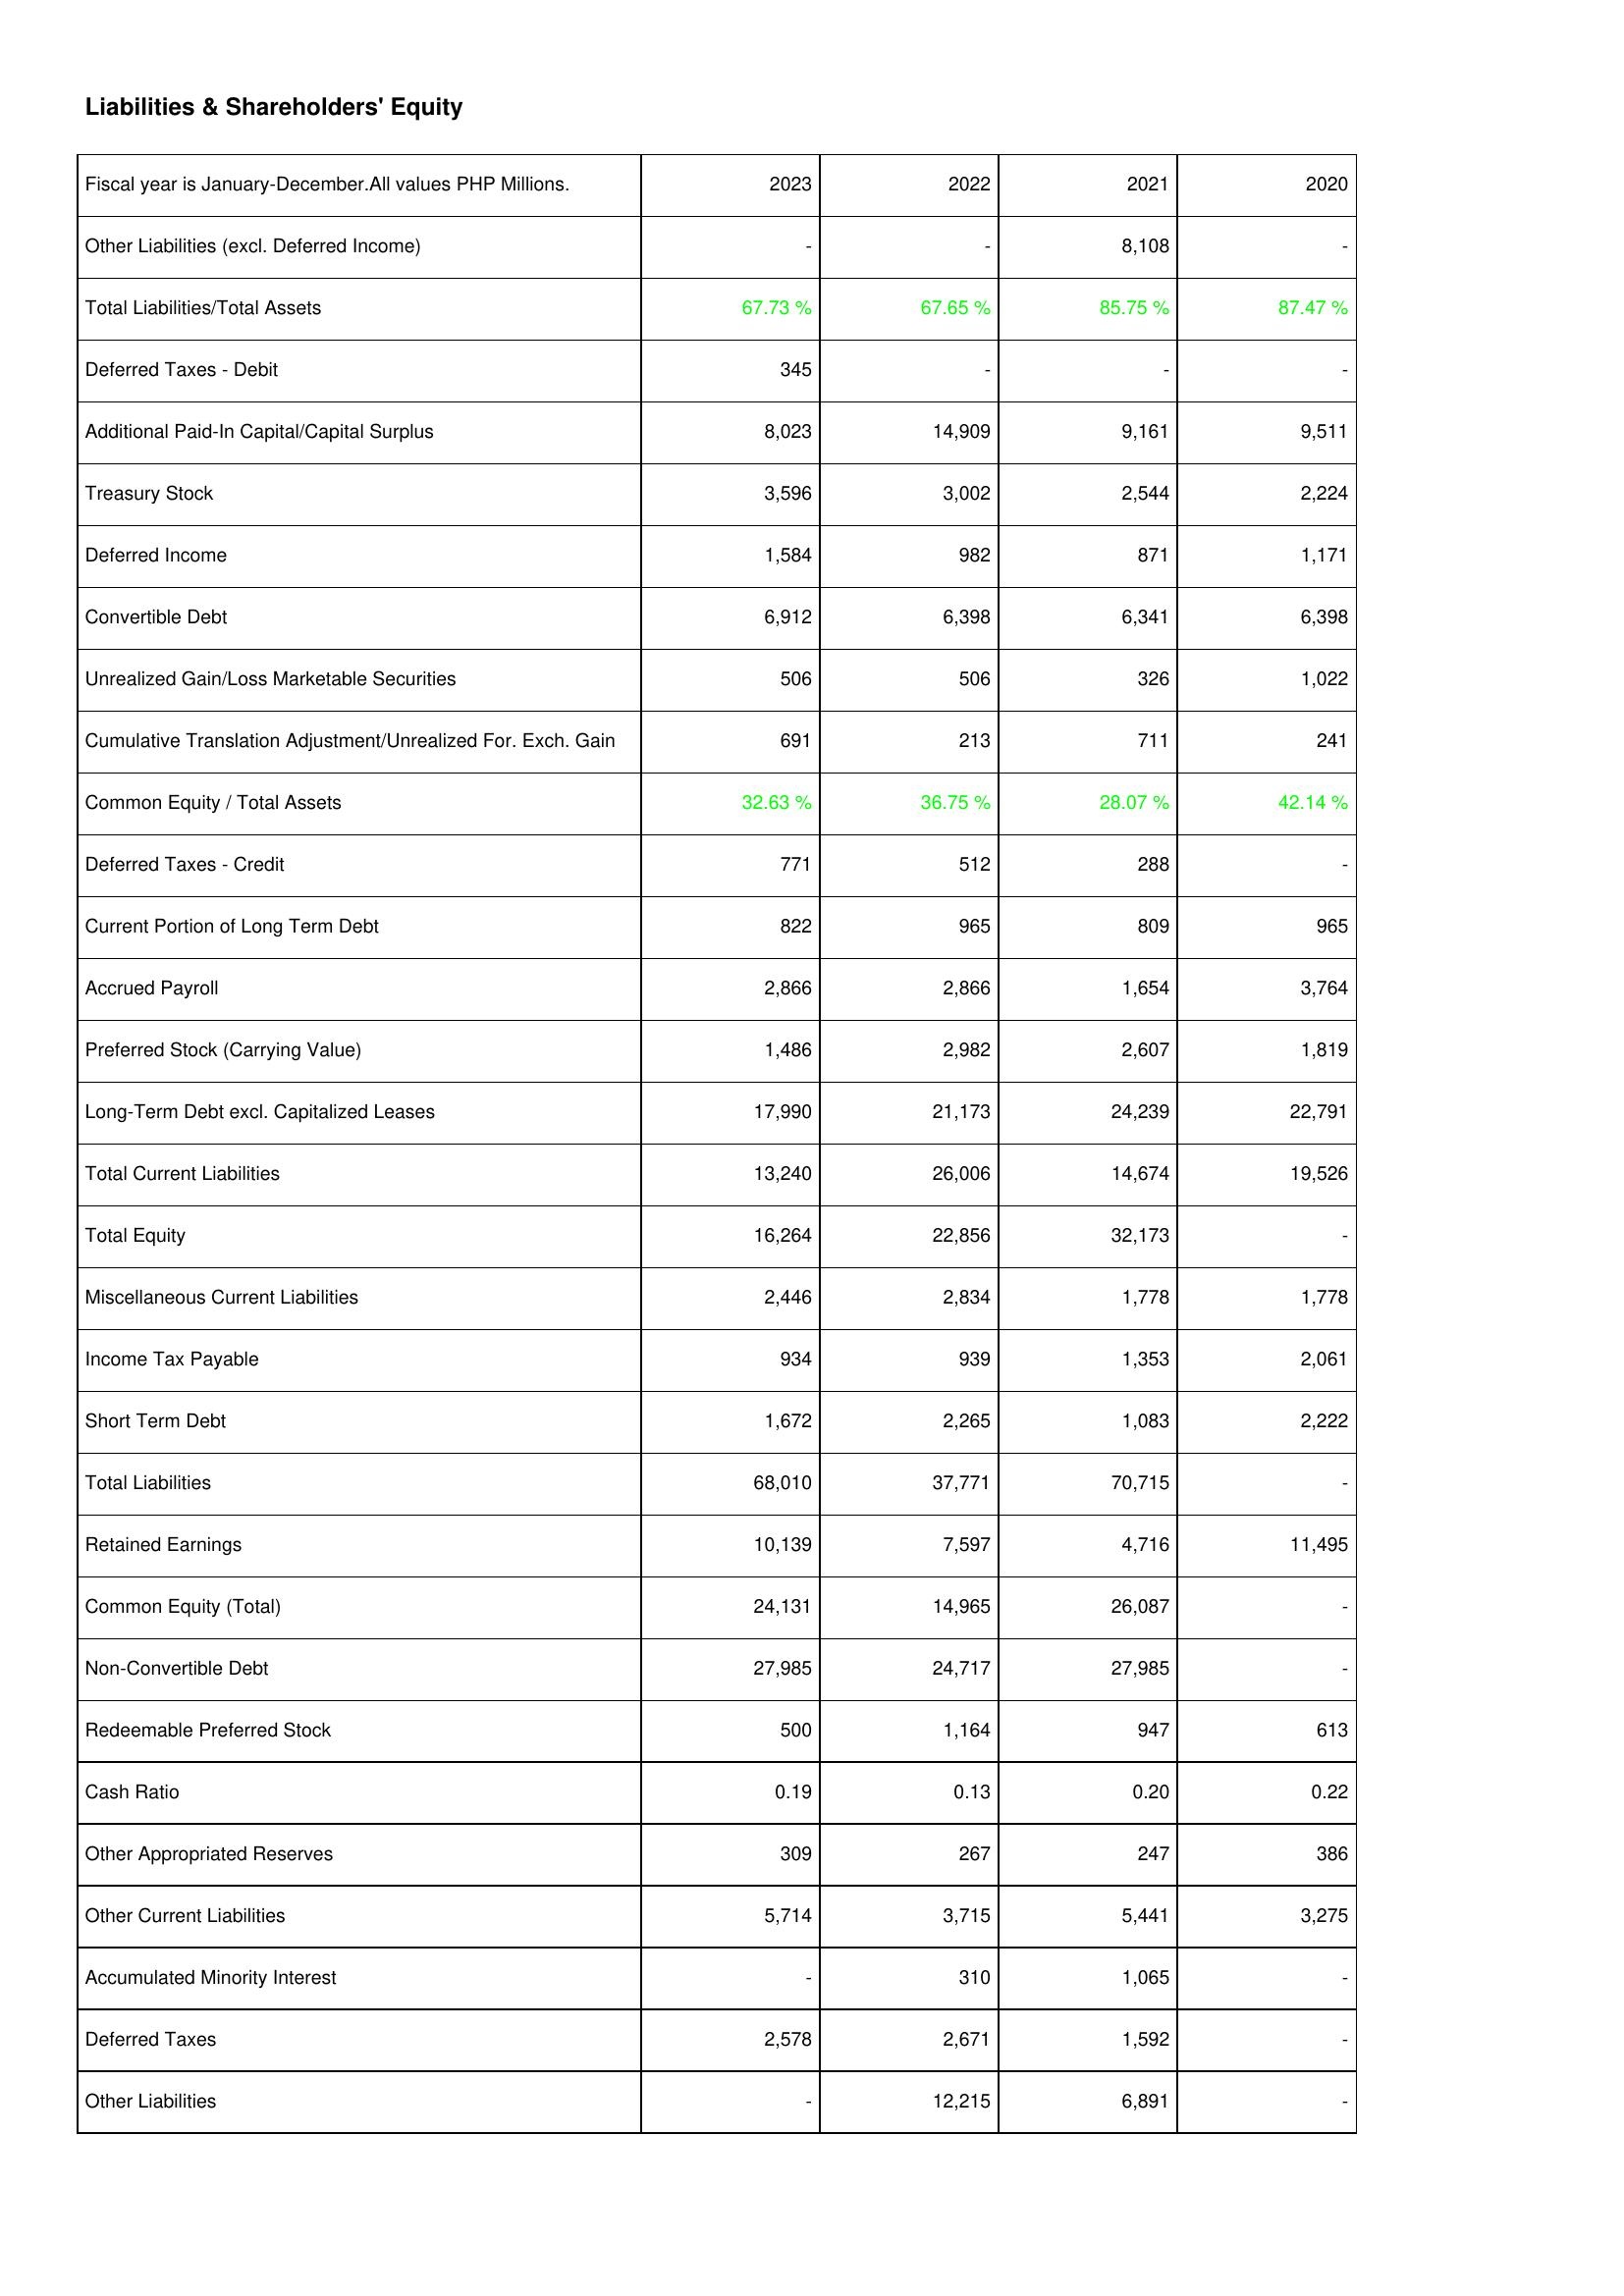
2023: Liabilities & Shareholders' Equity: Other Liabilities (excl. Deferred Income): -
Total Liabilities/Total Assets: 67.73 %
Deferred Taxes - Debit: 345
Additional Paid-In Capital/Capital Surplus: 8,023
Treasury Stock: 3,596
Deferred Income: 1,584
Convertible Debt: 6,912
Unrealized Gain/Loss Marketable Securities: 506
Cumulative Translation Adjustment/Unrealized For. Exch. Gain: 691
Common Equity / Total Assets: 32.63 %
Deferred Taxes - Credit: 771
Current Portion of Long Term Debt: 822
Accrued Payroll: 2,866
Preferred Stock (Carrying Value): 1,486
Long-Term Debt excl. Capitalized Leases: 17,990
Total Current Liabilities: 13,240
Total Equity: 16,264
Miscellaneous Current Liabilities: 2,446
Income Tax Payable: 934
Short Term Debt: 1,672
Total Liabilities: 68,010
Retained Earnings: 10,139
Common Equity (Total): 24,131
Non-Convertible Debt: 27,985
Redeemable Preferred Stock: 500
Cash Ratio: 0.19
Other Appropriated Reserves: 309
Other Current Liabilities: 5,714
Accumulated Minority Interest: -
Deferred Taxes: 2,578
Other Liabilities: -
2022: Liabilities & Shareholders' Equity: Other Liabilities (excl. Deferred Income): -
Total Liabilities/Total Assets: 67.65 %
Deferred Taxes - Debit: -
Additional Paid-In Capital/Capital Surplus: 14,909
Treasury Stock: 3,002
Deferred Income: 982
Convertible Debt: 6,398
Unrealized Gain/Loss Marketable Securities: 506
Cumulative Translation Adjustment/Unrealized For. Exch. Gain: 213
Common Equity / Total Assets: 36.75 %
Deferred Taxes - Credit: 512
Current Portion of Long Term Debt: 965
Accrued Payroll: 2,866
Preferred Stock (Carrying Value): 2,982
Long-Term Debt excl. Capitalized Leases: 21,173
Total Current Liabilities: 26,006
Total Equity: 22,856
Miscellaneous Current Liabilities: 2,834
Income Tax Payable: 939
Short Term Debt: 2,265
Total Liabilities: 37,771
Retained Earnings: 7,597
Common Equity (Total): 14,965
Non-Convertible Debt: 24,717
Redeemable Preferred Stock: 1,164
Cash Ratio: 0.13
Other Appropriated Reserves: 267
Other Current Liabilities: 3,715
Accumulated Minority Interest: 310
Deferred Taxes: 2,671
Other Liabilities: 12,215
2021: Liabilities & Shareholders' Equity: Other Liabilities (excl. Deferred Income): 8,108
Total Liabilities/Total Assets: 85.75 %
Deferred Taxes - Debit: -
Additional Paid-In Capital/Capital Surplus: 9,161
Treasury Stock: 2,544
Deferred Income: 871
Convertible Debt: 6,341
Unrealized Gain/Loss Marketable Securities: 326
Cumulative Translation Adjustment/Unrealized For. Exch. Gain: 711
Common Equity / Total Assets: 28.07 %
Deferred Taxes - Credit: 288
Current Portion of Long Term Debt: 809
Accrued Payroll: 1,654
Preferred Stock (Carrying Value): 2,607
Long-Term Debt excl. Capitalized Leases: 24,239
Total Current Liabilities: 14,674
Total Equity: 32,173
Miscellaneous Current Liabilities: 1,778
Income Tax Payable: 1,353
Short Term Debt: 1,083
Total Liabilities: 70,715
Retained Earnings: 4,716
Common Equity (Total): 26,087
Non-Convertible Debt: 27,985
Redeemable Preferred Stock: 947
Cash Ratio: 0.20
Other Appropriated Reserves: 247
Other Current Liabilities: 5,441
Accumulated Minority Interest: 1,065
Deferred Taxes: 1,592
Other Liabilities: 6,891
2020: Liabilities & Shareholders' Equity: Other Liabilities (excl. Deferred Income): -
Total Liabilities/Total Assets: 87.47 %
Deferred Taxes - Debit: -
Additional Paid-In Capital/Capital Surplus: 9,511
Treasury Stock: 2,224
Deferred Income: 1,171
Convertible Debt: 6,398
Unrealized Gain/Loss Marketable Securities: 1,022
Cumulative Translation Adjustment/Unrealized For. Exch. Gain: 241
Common Equity / Total Assets: 42.14 %
Deferred Taxes - Credit: -
Current Portion of Long Term Debt: 965
Accrued Payroll: 3,764
Preferred Stock (Carrying Value): 1,819
Long-Term Debt excl. Capitalized Leases: 22,791
Total Current Liabilities: 19,526
Total Equity: -
Miscellaneous Current Liabilities: 1,778
Income Tax Payable: 2,061
Short Term Debt: 2,222
Total Liabilities: -
Retained Earnings: 11,495
Common Equity (Total): -
Non-Convertible Debt: -
Redeemable Preferred Stock: 613
Cash Ratio: 0.22
Other Appropriated Reserves: 386
Other Current Liabilities: 3,275
Accumulated Minority Interest: -
Deferred Taxes: -
Other Liabilities: -